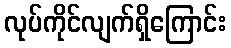
လုပ်ကိုင်လျက်ရှိကြောင်း